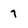
Character: 7